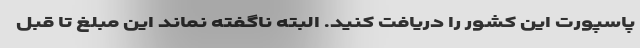
پاسپورت این کشور را دریافت کنید. البته ناگفته نماند این مبلغ تا قبل